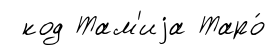
код Там'иjа Таро́